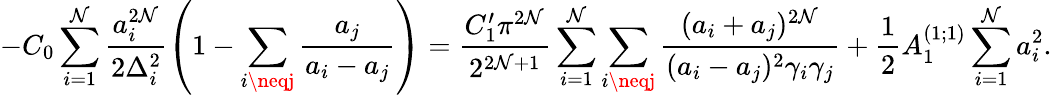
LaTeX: -C_{0}\sum_{i=1}^{\mathcal{N}}\frac{{a_{i}^{2\mathcal{N}}}}{{2\Delta_{i}^{2}}}\left(1-\sum_{i\neqj}\frac{{a_{j}}}{{a_{i}-a_{j}}}\right)=\frac{{C_{1}^{\prime}\pi^{2\mathcal{N}}}}{{2^{2\mathcal{N}+1}}}\sum_{i=1}^{\mathcal{N}}\sum_{i\neqj}\frac{{(a_{i}+a_{j})^{2\mathcal{N}}}}{{(a_{i}-a_{j})^{2}\gamma_{i}\gamma_{j}}}+\frac{{1}}{{2}}A_{1}^{(1;1)}\sum_{i=1}^{\mathcal{N}}a_{i}^{2}.